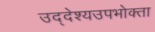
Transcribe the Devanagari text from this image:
उद्देश्यउपभोक्ता